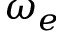
\omega _ { e }